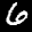
Label: 6